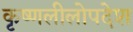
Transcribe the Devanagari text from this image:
कृष्णलीलोपदेश